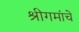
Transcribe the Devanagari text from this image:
श्रीगमांचे